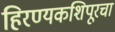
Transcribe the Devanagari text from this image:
हिरण्यकशिपूरचा